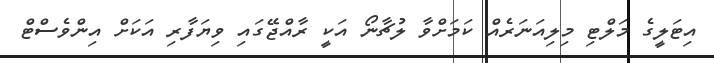
އިޓަލީގެ މަލްޓި މިލިއަނަރެއް ކަމަށްވާ ލުޗާނޯ އަކީ ރާއްޖޭގައި ވިޔަފާރި އަކަށް އިންވެސްޓް